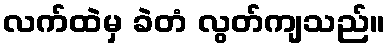
လက်ထဲမှ ခဲတံ လွတ်ကျသည်။